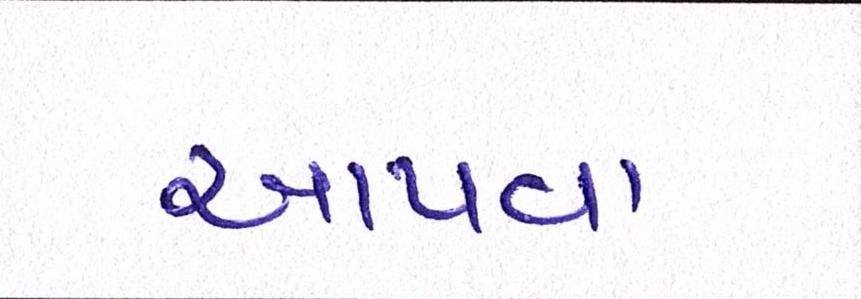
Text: આપવા